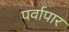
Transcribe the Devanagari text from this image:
पर्वापार